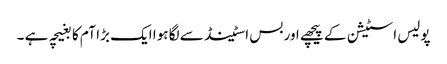
پولیس اسٹیشن کے پیچھے اور بس اسٹینڈ سے لگا ہوا ایک بڑا آم کا بغیچہ ہے ۔